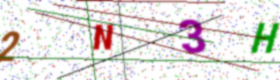
Text: 2N3H